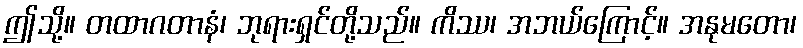
ဤသို့။ တထာဂတာနံ၊ ဘုရားရှင်တို့သည်။ ကိဿ၊ အဘယ်ကြောင့်။ အနုမတော၊